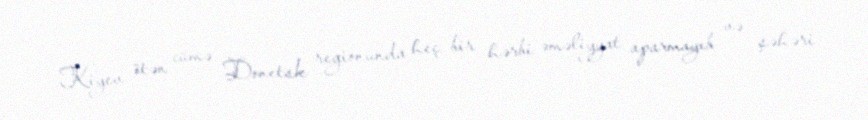
Kiyev ötən cümə Donetsk regionunda heç bir hərbi əməliyyat aparmayıb və şəhəri